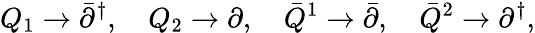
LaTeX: Q_{1}\to\bar{\partial}^{\dagger},\quad Q_{2}\to\partial,\quad\bar{Q}^{1}\to\bar{\partial},\quad\bar{Q}^{2}\to\partial^{\dagger},